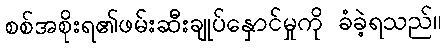
စစ်အစိုးရ၏ဖမ်းဆီးချုပ်နှောင်မှုကို ခံခဲ့ရသည်။